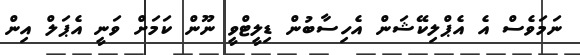
ނަމަވެސް އެ އެޕްލިކޭޝަން އެހިސާބުން ޑިލީޓްވީ ނޫން ކަމަށް ވަނީ އެޕަލް އިން